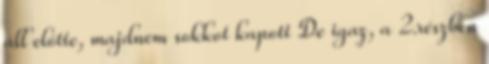
áll előtte, majdnem sokkot kapott De igaz, a 2.részben